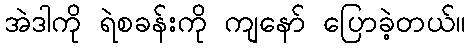
အဲဒါကို ရဲစခန်းကို ကျနော် ပြောခဲ့တယ်။